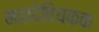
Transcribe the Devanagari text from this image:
महादेवियकक